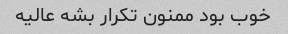
خوب بود ممنون تکرار بشه عالیه